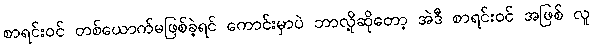
စာရင်းဝင် တစ်ယောက်မဖြစ်ခဲ့ရင် ကောင်းမှာပဲ ဘာလို့ဆိုတော့ အဲဒီ စာရင်းဝင် အဖြစ် လူ